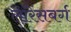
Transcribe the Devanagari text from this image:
लॉरेंसबर्ग